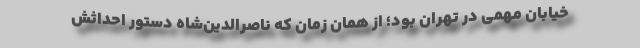
خیابان مهمی در تهران بود؛ از همان زمان که ناصرالدین‌شاه دستور احداثش